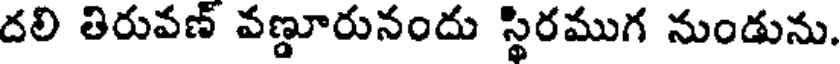
దలి తిరువణ్ వణ్డూరునందు స్థిరముగ నుండును.